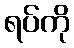
ရပ်ကို